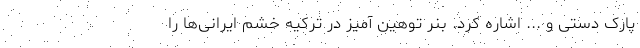
پارک دستی و ... اشاره کرد. بنر توهین آمیز در ترکیه خشم ایرانی‌ها را